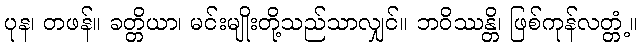
ပုန၊ တဖန်။ ခတ္တိယာ၊ မင်းမျိုးတို့သည်သာလျှင်။ ဘဝိဿန္တိ၊ ဖြစ်ကုန်လတ္တံ့။